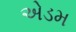
એડમ